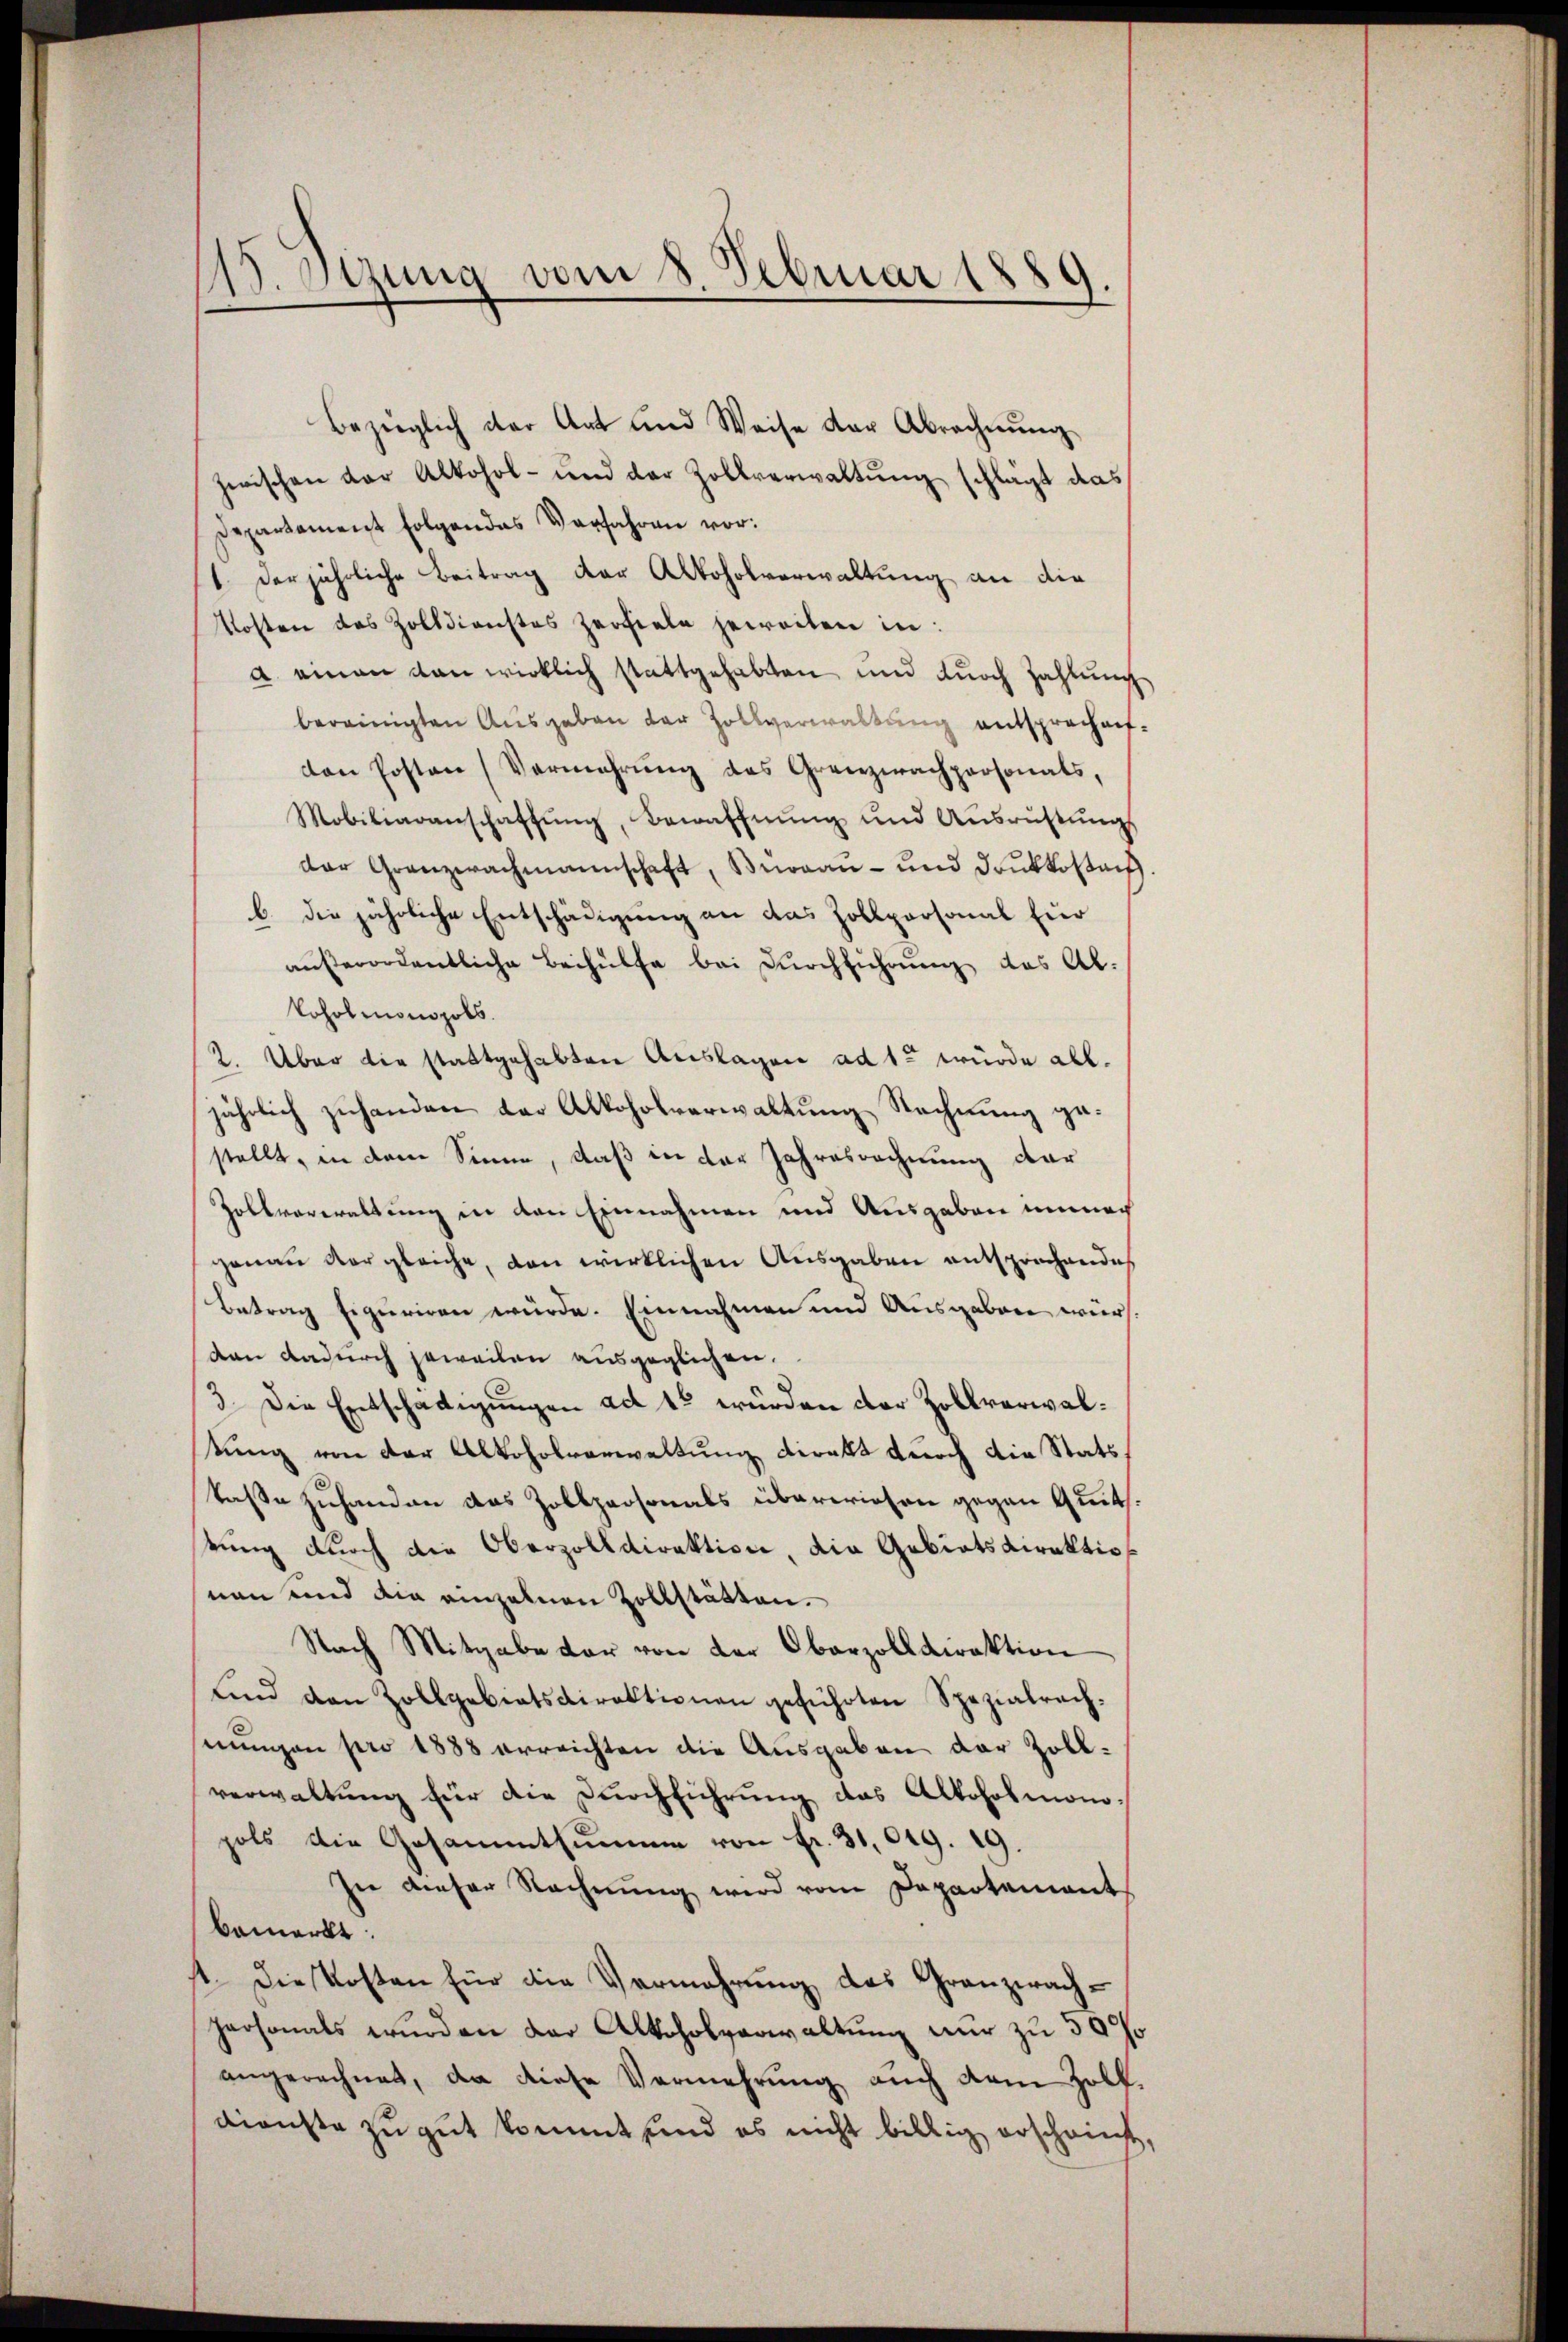
W. Sitzung vom 8. Februar 188
d

bezüglich der Art und Weise der Abrechnŭng
zerischen der Alkohol- und der Zollverwaltung schlägt das
Departement folgendes Verfahren vor:
1. Der jährliche Beitrag der Alkoholverwaltung an die
Kosten des Zolldienstes zerfiele jeweiten in:
a. einan von wirklich stattgehabten und durch Zahlung
bereinigten Ausgaben der Zollverwaltung entsprochen-
von Posten (Vermehrung des Grenzwachpersonats,
Mobiliaranschaffŭng, Bewaffnŭng und Ausrüstŭngs
der Granzerachmannschaft, Bewaaŭ- und drŭkkosten.
b. die jährliche Entschädigung an das Zollpersonal für
aŭβerordentliche Beihülfe bei Dŭrchführŭng des Al.
Loholmonopols.
2. Über die stattgehabten Auslagen ad 1. würde alljährlich zuhanden der Alkoholverwaltung Rechnung gestellt, in dem Sinne, daß in der Jahresrechnung dar
Zollverwaltung in den Einnahmen und Ausgaben immer
genau vergleiche, dan wirklichen Ausgaben entsprochendes
Betrag figuriren würde. Einnahmen und Ausgaben wervan dadurch jeweilen ausgeglichen.
3. Die Entschädigungen ad 15 wurden der Zollverwalkung von der Alkoholverwaltung direkt durch die Stats,
taße zuhanden das Zollpersonals überwiesen gegen Quits.
tung durch die Oberzolldirektion, die Gebietsdirektionan und die einzelnen Zollstätten.
Nach Mitgabe der von der Oberzolldirektion
und den Zollgebietsdirektionen geführten Spezialrechnungen pro 1888 erreichten die Ausgaben der Zollverwaltung für die Durchführung das Alkoholmono-
pols die Gesammtsumme von Fr. 31,049. 19.
In dieser Rechnung wird vom Departement
bemerkt.
1. Die Kosten für die Vermehrung des Granzwachpersonals wurden der Alkoholverwaltung nur zu 50 f
angerechnet, da diese Vermehrung auch dem Zolldienste zu gut kommt sind es nicht billig erscheint,